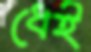
ধেই